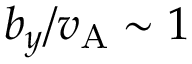
b _ { y } / v _ { \mathrm { A } } \sim 1